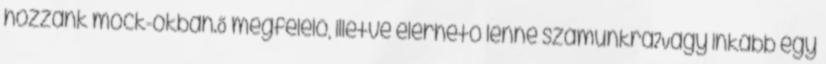
hozzánk mock-okban.Ő megfelelő, illetve elérhető lenne számunkra?Vagy inkább egy